Annual administration report of the Civil Veterinary Department of India - 1898-1899
Year: 1898
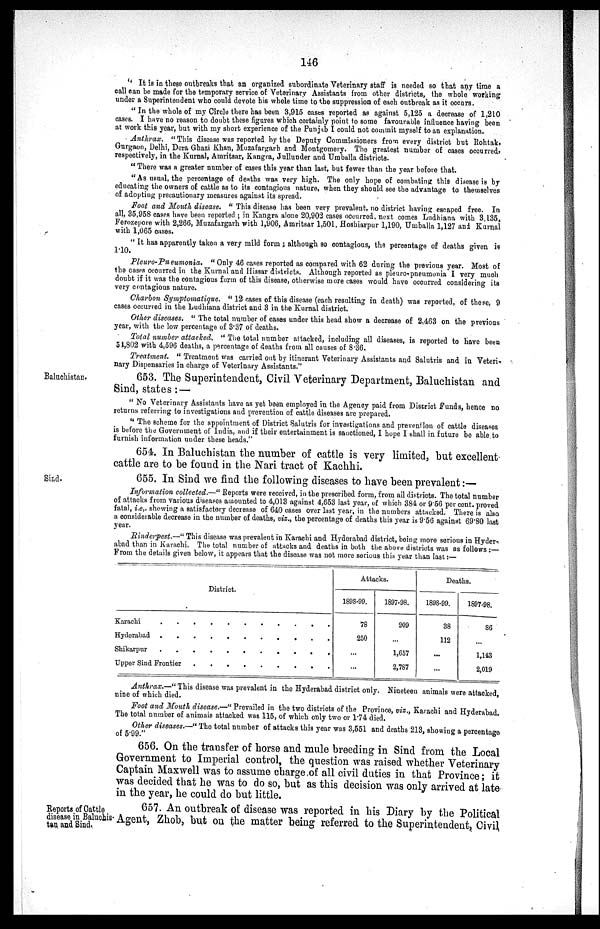
146
"It is in these outbreaks that an organized subordinate Veterinary staff is needed so that any time a
call can be made for the temporary service of Veterinary Assistants from other districts, the whole working
under a Superintendent who could devote his whole time to the suppression of each outbreak as it occurs.
"In the whole of my Circle there has been 3,915 cases reported as against 5,125 a decrease of 1,210
cases. I have no reason to doubt these figures which certainly point to some favourable influence having been
at work this year, but with my short experience of the Punjab I could not commit myself to an explanation.
Anthrax. "This disease was reported by the Deputy Commissioners from every district but Rohtak,
Gurgaon, Delhi, Dera Ghazi Khan, Muzafargarh and Montgomery. The greatest number of cases occurred,
respectively, in the Kurnal, Amritsar, Kangra, Jullunder and Umballa districts.
"There was a greater number of cases this year than last, but fewer than the year before that.
"As usual, the percentage of deaths was very high. The only hope of combating this disease is by
educating the owners of cattle as to its contagious nature, when they should see the advantage to themselves
of adopting precautionary measures against its spread.
Foot and Mouth disease. " This disease has been very prevalent, no district having escaped free. In
all, 35,958 cases have been reported ; in Kangra alone 20,902 cases occurred, next comes Ludhiana with 3,135,
Ferozepore with 2,266, Muzafargarh with 1,906, Amritsar 1,501. Hoshiarpur 1,190, Umballa 1,127 and Kurnal
with 1,065 cases.
"It has apparently taken a very mild form; although so contagious, the percentage of deaths given is
1.10.
Pleuro-Pneumonia.
" Only 46 cases reported as compared with 62 during the previous year. Most of
the cases occurred in the Kurnal and Hissar districts. Although reported as pleuro-pneumonia I very much
doubt if it was the contagious form of this disease, otherwise more cases would have occurred considering its
very contagious nature.
Charbon Symptomatique. " 12 cases of this disease (each resulting in death) was reported, of these, 9
cases occurred in the Ludhiana district and 3 in the Kurnal district.
Other diseases. " The total number of cases under this head show a decrease of 2,463 on the previous
year, with the low percentage of 3.37 of deaths.
Total number attacked. " The total number attacked, including all diseases, is reported to have been
54,802 with 4,596 deaths, a percentage of deaths from all causes of 8.36.
Treatment. " Treatment was carried out by itinerant Veterinary Assistants and Salutris and in Veteri-
nary Dispensaries in charge of Veterinary Assistants."
653. The Superintendent, Civil Veterinary Department, Baluchistan and
Sind, states:—
" No Veterinary Assistants have as yet been employed in the Agency paid from District Funds, hence no
returns referring to investigations and prevention of cattle diseases are prepared.
" The scheme for the appointment of District Salutris for investigations and prevention of cattle diseases
is before the Government of India, and if their entertainment is sanctioned, I hope I shall in future be able to
furnish information under these heads."
654. In Baluchistan the number of cattle is very limited, but excellent
cattle are to be found in the Nari tract of Kachhi.
655. In Sind we find the following diseases to have been prevalent:—
Information collected.—" Reports were received, in the prescribed form, from all districts. The total number
of attacks from various diseases amounted to 4,013 against 4,653 last year, of which 384 or 9.56 per cent. proved
fatal, i.e,. showing a satisfactory decrease of 640 cases over last year, in the numbers attacked, There is also
a considerable decrease in the number of deaths, viz., the percentage of deaths this year is 9.56 against 69.80 last
year.
Rinderpest.—" This disease was prevalent in Karachi and Hyderabad district, being more serious in Hyder-
abad than in Karachi. The total number of attacks and deaths in both the above districts was as follows:—
From the details given below, it appears that the disease was not more serious this year than last:—
District.
Karachi . . . . . . . . . . . .
Hyderabad . . . . . . . . . . .
Shikarpur . . . . . . . . . . .
Upper Sind Frontier . . . . . . . . . .
Attacks.
1898-99.
1897-98.
78
250
...
...
209
...
1,657
2,787
Deaths.
1898-99.
38
112
...
...
1897-98.
86
...
1,143
2,010
Anthrax.—" This disease was prevalent in the Hyderabad district only. Nineteen animals were attacked,
nine of which died.
Foot and Mouth disease.—" Prevailed in the two districts of the Province, viz., Karachi and Hyderabad.
The total number of animals attacked was 115, of which only two or 1.74 died.
Other diseases.—" The total number of attacks this year was 3,551 and deaths 213, showing a percentage
of 5.99."
656. On the transfer of horse and mule breeding in Sind from the Local
Government to Imperial control, the question was raised whether Veterinary
Captain Maxwell was to assume charge of all civil duties in that Province; it
was decided that he was to do so, but as this decision was only arrived at late
in the year, he could do but little.
Reports of Cattle
disease in Baluchis-
tan and Sind.
657. An outbreak of disease was reported in his Diary by the Political
Agent, Zhob, but on the matter being referred to the Superintendent, Civil